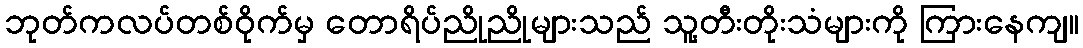
ဘုတ်ကလပ်တစ်ဝိုက်မှ တောရိပ်ညိုညိုများသည် သူ့တီးတိုးသံများကို ကြားနေကျ။